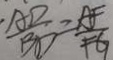
\frac { A D } { B D } = \frac { A F } { F G }